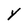
Character: Y